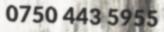
0750 443 5955